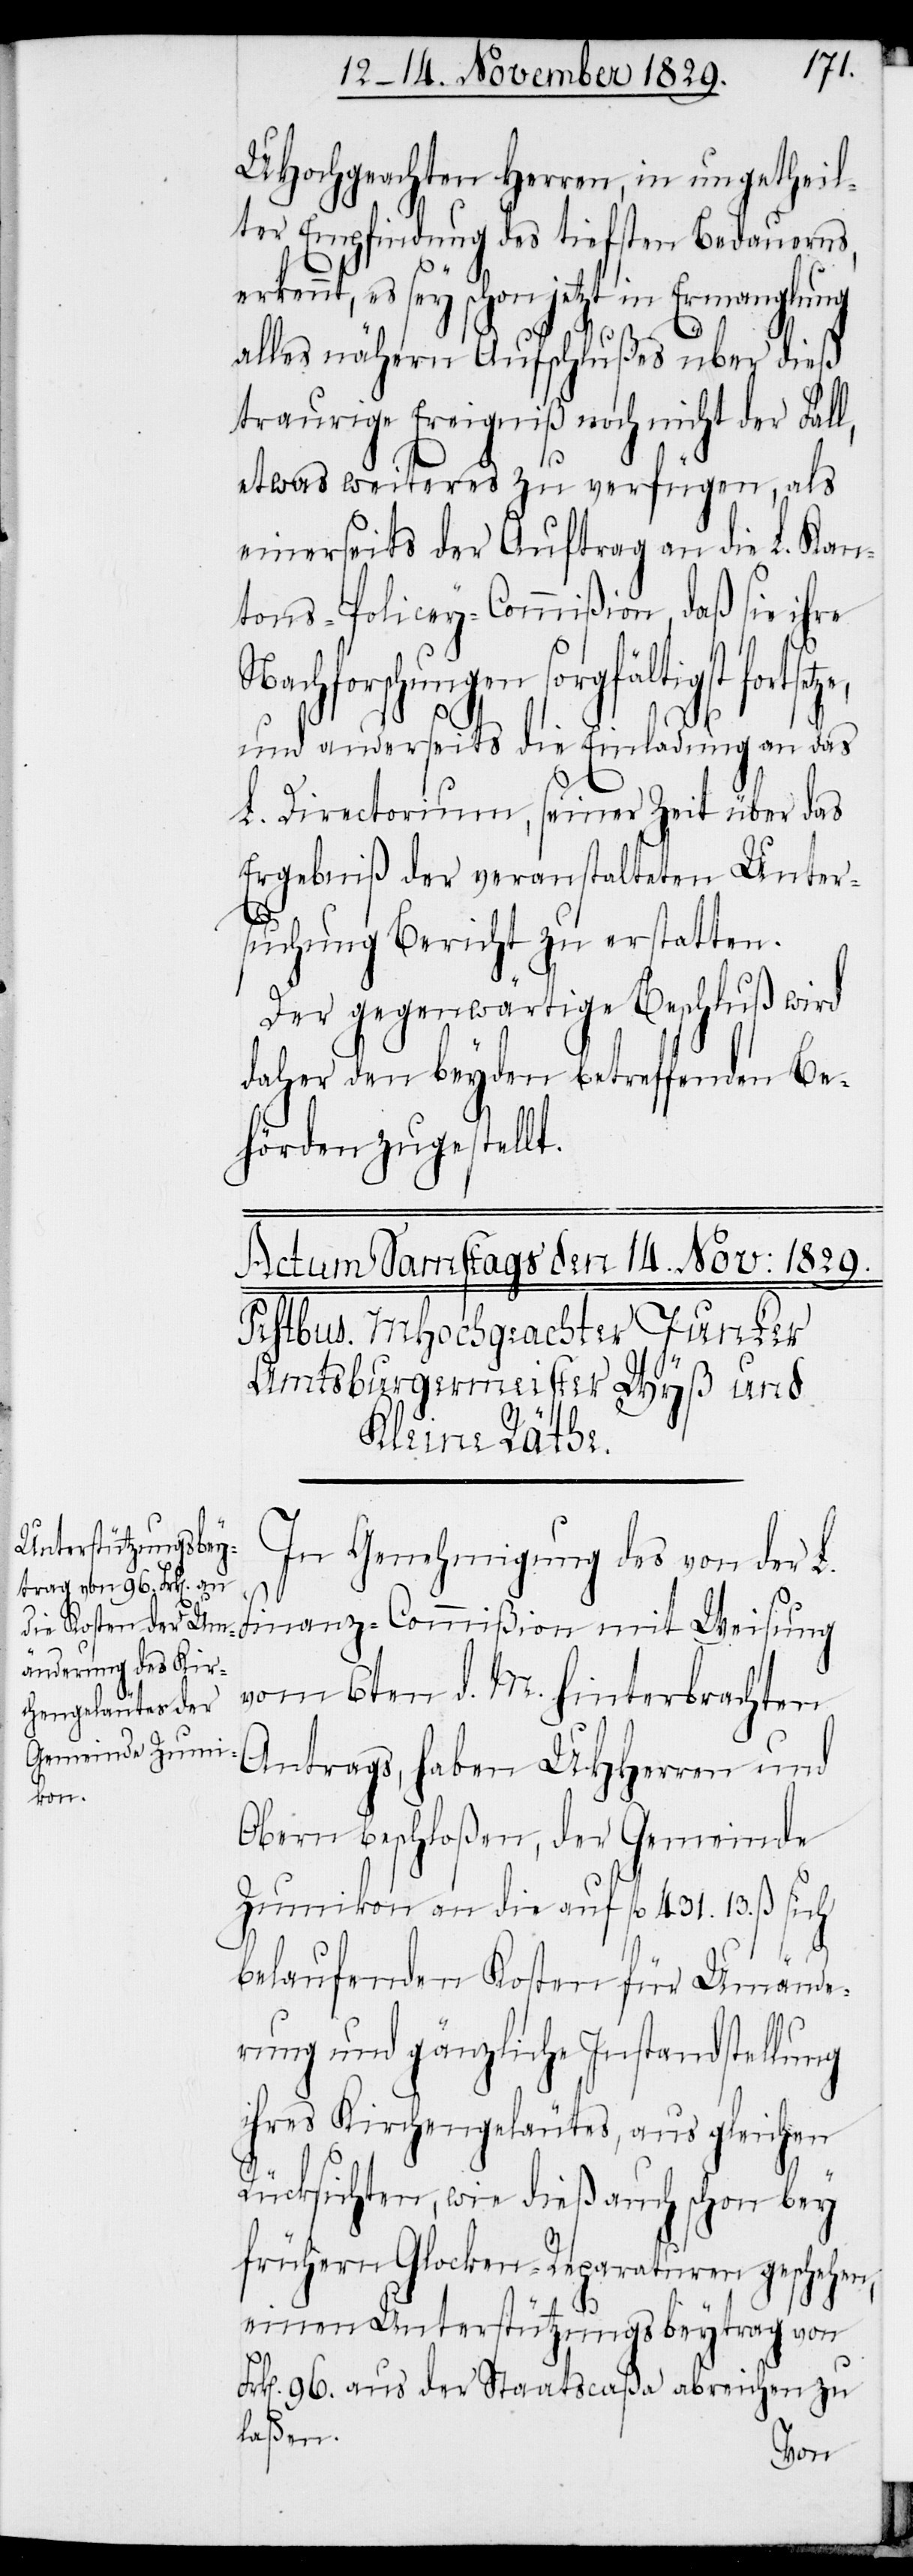
UHochgeachten Herren, in ungetheil¬
ter Empfindung des tiefsten Bedauerns,
erkennt, es sey schon jetzt in Ermanglung
alles nähern Aufschlußes über dieß
traurige Ereigniß noch nicht der Fal¬
l, etwas weiteres zu verfügen, als
einerseits der Auftrag an die L. Kan¬
tons-Policey-Commißion, daß sie ihre
Nachforschungen sorgfältigst
und anderseits die Einladung an das
L. Directorium, seiner Zeit über das
Ergebniß der veranstalteten Unter¬
suchung Bericht zu erstatten.
Der gegenwärtige Beschluß wird
daher den beyden betreffenden Be¬
hörden zugestellt.
In Genehmigung des von der L.
Finanz-Commißion mit Weisung
vom 6ten d. M. hinterbrachten
Antrags, haben UHHerren und
Obern beschloßen, der Gemeinde
Zumikon an die auf fl 431. 13. ß sich
belaufenden Kosten für Umände¬
rung und gänzliche Instandstellung
ihres Kirchengeläutes, as gleichen
Rücksichten, wie dieß auch schon bey
frühern Glocken-Reparaturen geschehen,
einen Unterstützungsbeytrag von
Frk[en]. 96. aus der Staatscaßa abreichen zu
laßen.